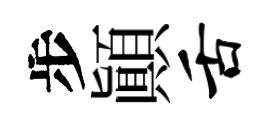
步顚舌